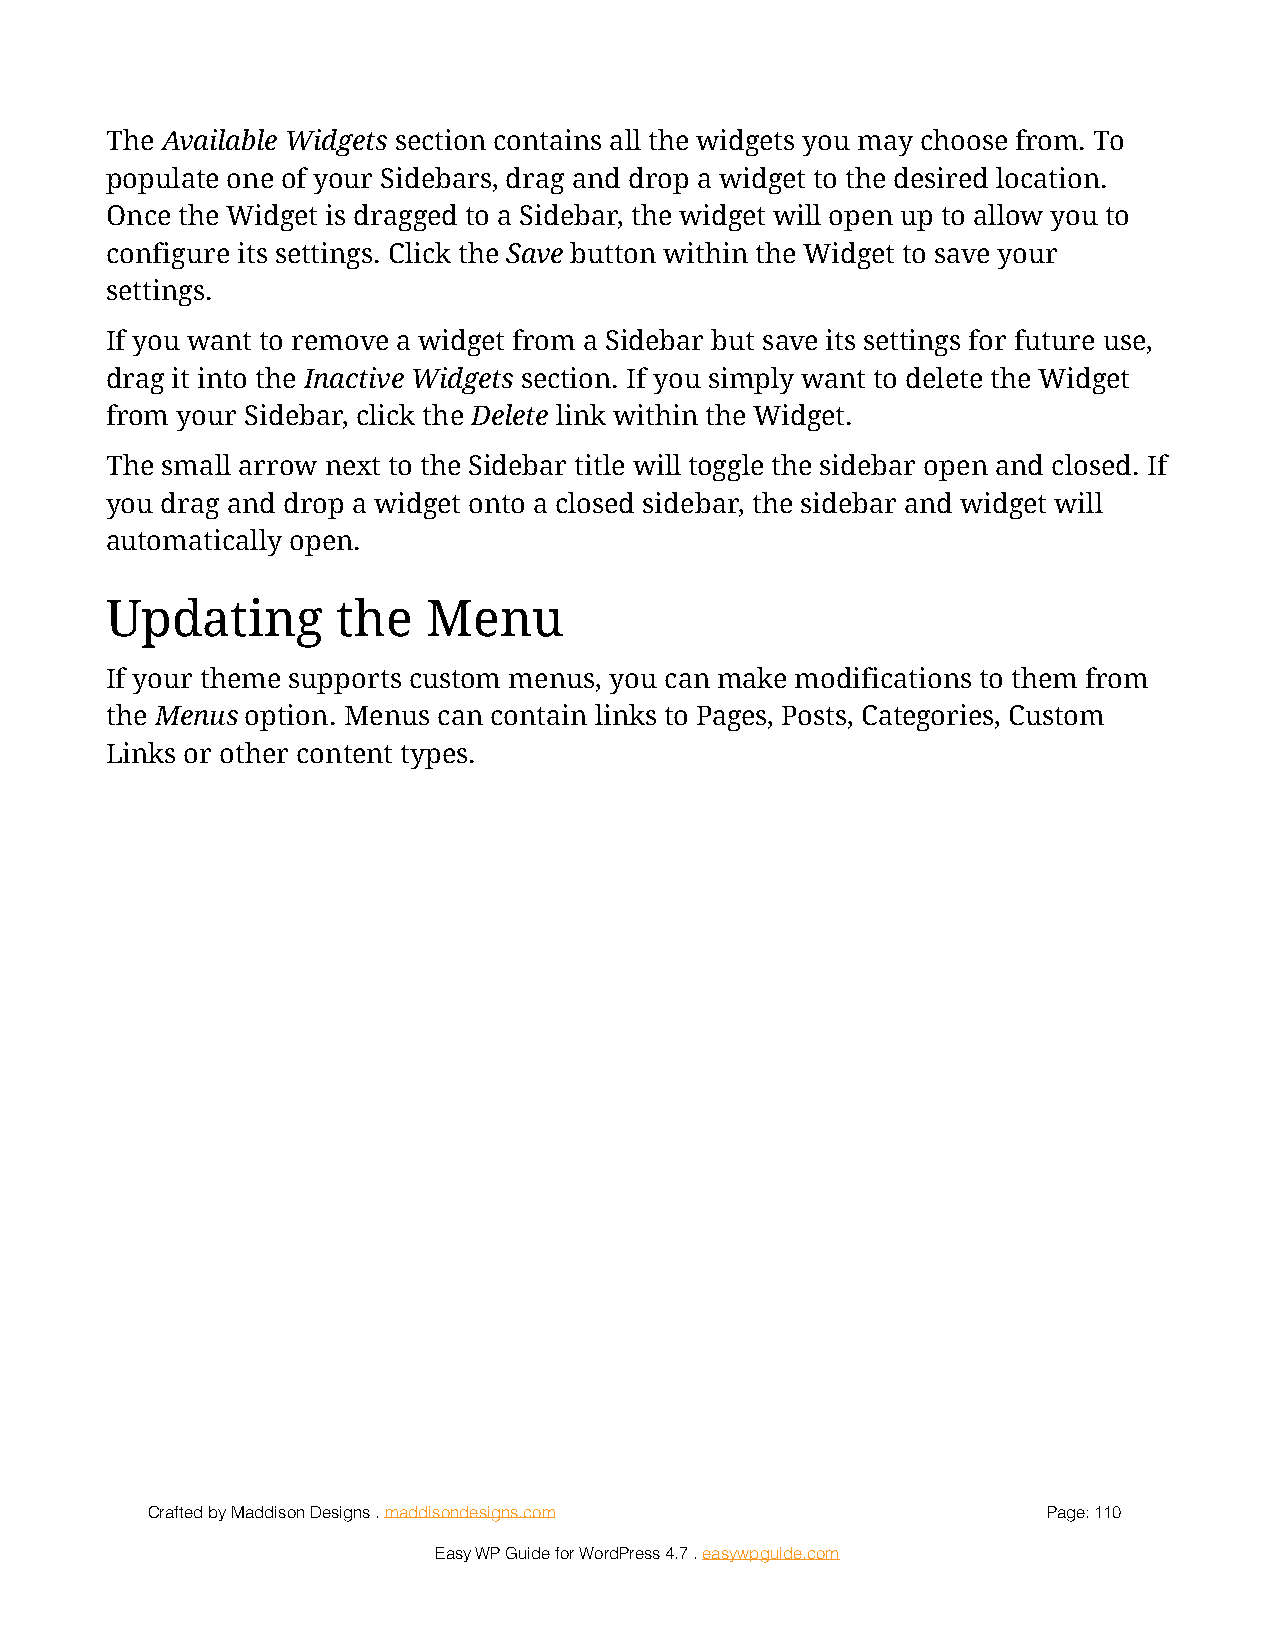
The Available Widgets section contains all the widgets you may choose from. To
 populate one of your Sidebars, drag and drop a widget to the desired location.
 Once the Widget is dragged to a Sidebar, the widget will open up to allow you to
 configure its settings. Click the Save button within the Widget to save your
 settings.
 If you want to remove a widget from a Sidebar but save its settings for future use,
 drag it into the Inactive Widgets section. If you simply want to delete the Widget
 from your Sidebar, click the Delete link within the Widget.
 The small arrow next to the Sidebar title will toggle the sidebar open and closed. If
 you drag and drop a widget onto a closed sidebar, the sidebar and widget will
 automatically open.
 Updating       the   Menu
 If your theme supports custom menus, you can make modifications to them from
 the Menus option. Menus can contain links to Pages, Posts, Categories, Custom
 Links or other content types.
 Crafted by Maddison Designs . maddisondesigns.com          Page: 1 10
 Easy WP Guide for WordPress 4.7 . easywpguide.com